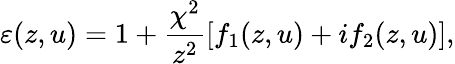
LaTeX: \varepsilon(z,u)=1+\frac{\chi^{2}}{z^{2}}[f_{1}(z,u)+if_{2}(z,u)],